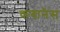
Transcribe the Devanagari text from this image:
कबानेस